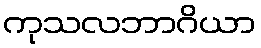
ကုသလဘာဂိယာ